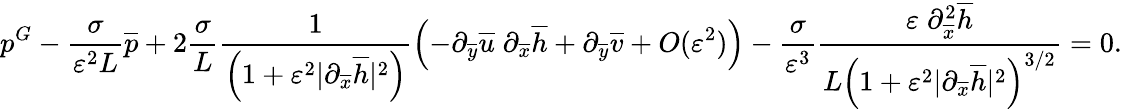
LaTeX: p^{G}-\frac{\sigma}{\varepsilon^{2}L}\overline{{p}}+2\frac{\sigma}{L}\frac{1}{\left(1+\varepsilon^{2}|\partial_{\overline{{x}}}\overline{{h}}|^{2}\right)}\left(-\partial_{\overline{{y}}}\overline{{u}}\; \partial_{\overline{{x}}}\overline{{h}}+\partial_{\overline{{y}}}\overline{{v}}+O(\varepsilon^{2})\right)-\frac{\sigma}{\varepsilon^{3}}\frac{\varepsilon\; \partial_{\overline{{x}}}^{2}\overline{{h}}}{L\left(1+\varepsilon^{2}|\partial_{\overline{{x}}}\overline{{h}}|^{2}\right)^{3/2}}=0.